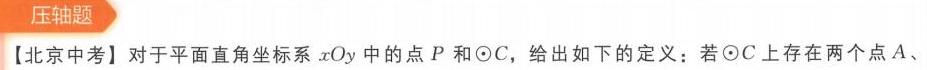
**压轴题**
【北京中考】对于平面直角坐标系\(xOy\)中的点\(P\)和\(\odot C\)，给出如下的定义：若\(\odot C\)上存在两个点\(A\)、